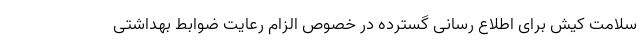
سلامت کیش برای اطلاع رسانی گسترده در خصوص الزام رعایت ضوابط بهداشتی